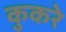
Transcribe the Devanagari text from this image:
कुकरे